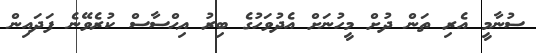
ސުނާމީ އެރި ތަން ދުށް މީހުނަށް އެދުވަހުގެ ބިރު އިޙްސާސް ކުރެވޭނެ ފަދައިން